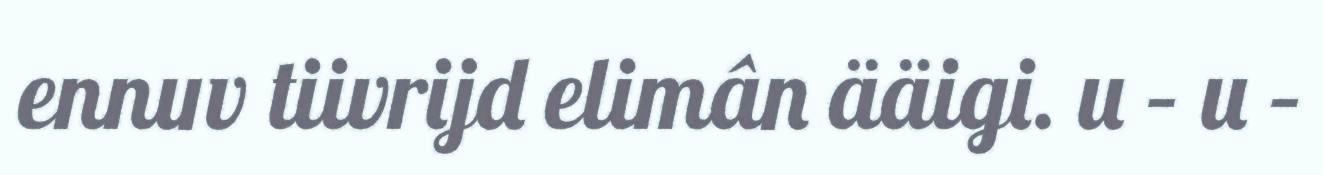
ennuv tiivrijd elimân ääigi. u – u –